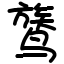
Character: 𬸦